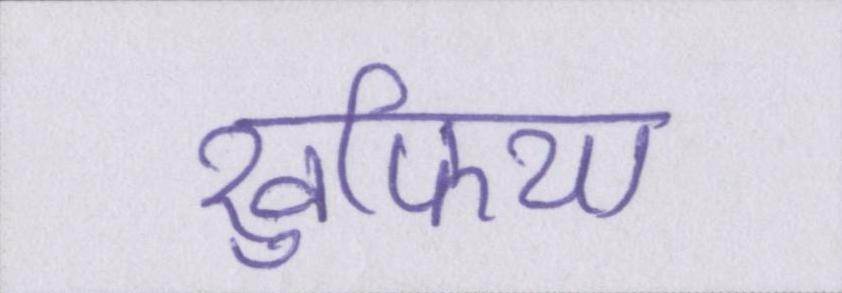
खुफिया